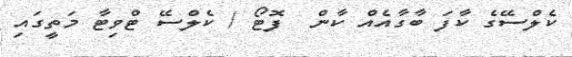
ކެލްސޭގެ ކާފަ ބާގާއެއް ކާން  ފޮޓޯ / ކެލްސޭ ޓްވިޓާ މަތީގައި